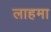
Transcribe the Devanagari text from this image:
लाहमा